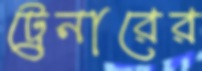
ট্রেনারের